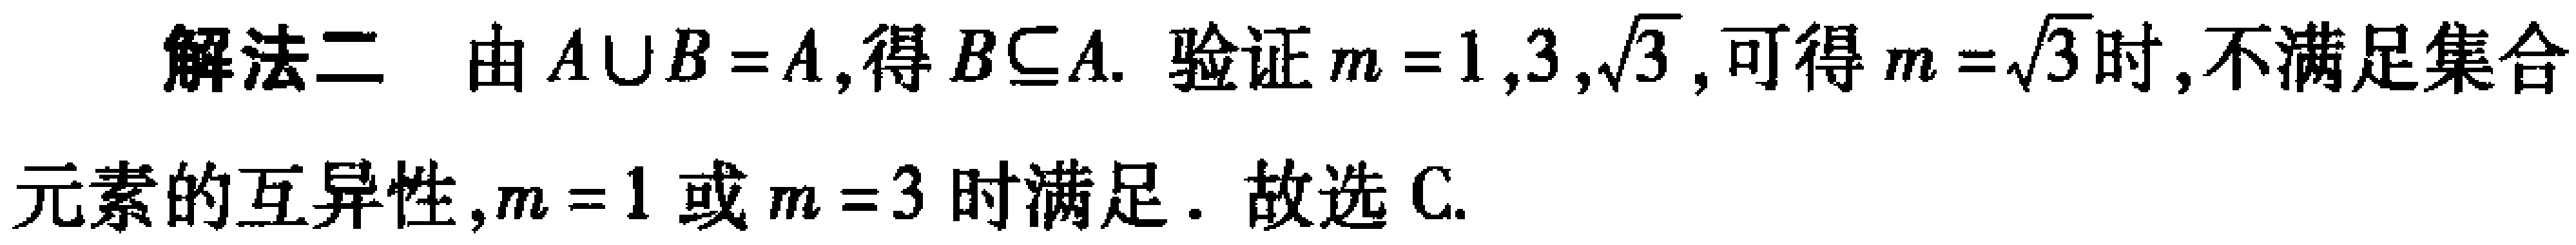
解法二 由\(A\cup B = A\),得\(B\subseteq A\). 验证\(m = 1,3,\sqrt{3}\),可得\(m = \sqrt{3}\)时,不满足集合
元素的互异性,\(m = 1\)或\(m = 3\)时满足. 故选C.